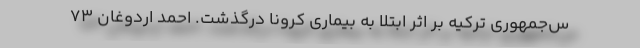
س‌جمهوری ترکیه بر اثر ابتلا به بیماری کرونا درگذشت. احمد اردوغان ‌۷۳‌